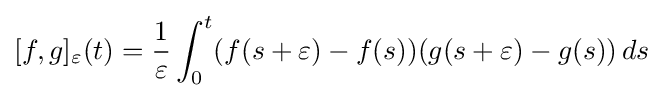
[f,g]_{\varepsilon }(t)={1 \over \varepsilon }\int _{0}^{t}(f(s+\varepsilon )-f(s))(g(s+\varepsilon )-g(s))\,ds